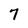
Character: 7